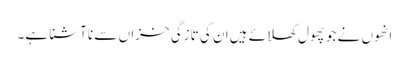
انھوں نے جو پھول کھلائے ہیں ان کی تازگی خزاں سے نا آشنا ہے۔